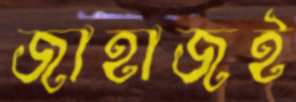
জাহাজই